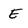
Character: E